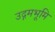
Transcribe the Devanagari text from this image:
उद्गमभूमि